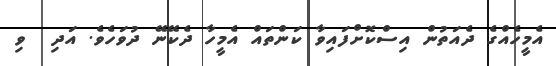
އެމީހެއްގެ ދެއަތުން އިސްކޮށްފައިވާ ކަންތައް އެމީހާ ދެކޭނޭ ދުވަހެވެ. އަދި  ވި